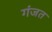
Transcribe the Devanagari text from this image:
गंजत